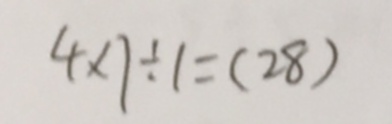
4 \times 7 \div 1 = ( 2 8 )